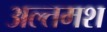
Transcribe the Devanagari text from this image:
अल्‍तमश